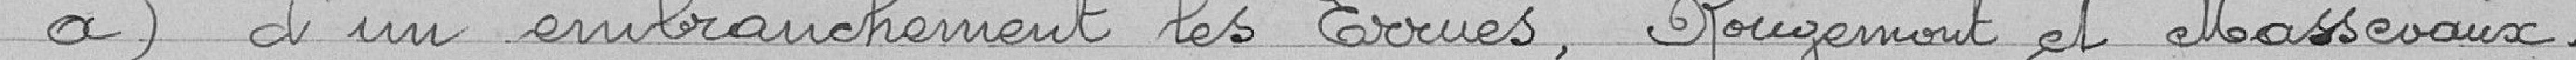
a) d'un embranchement les Errues, Rougement et Masevaux.